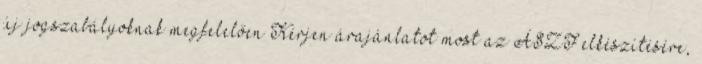
új jogszabályoknak megfelelően Kérjen árajánlatot most az ÁSZF elkészítésére,